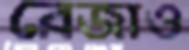
রেজাও